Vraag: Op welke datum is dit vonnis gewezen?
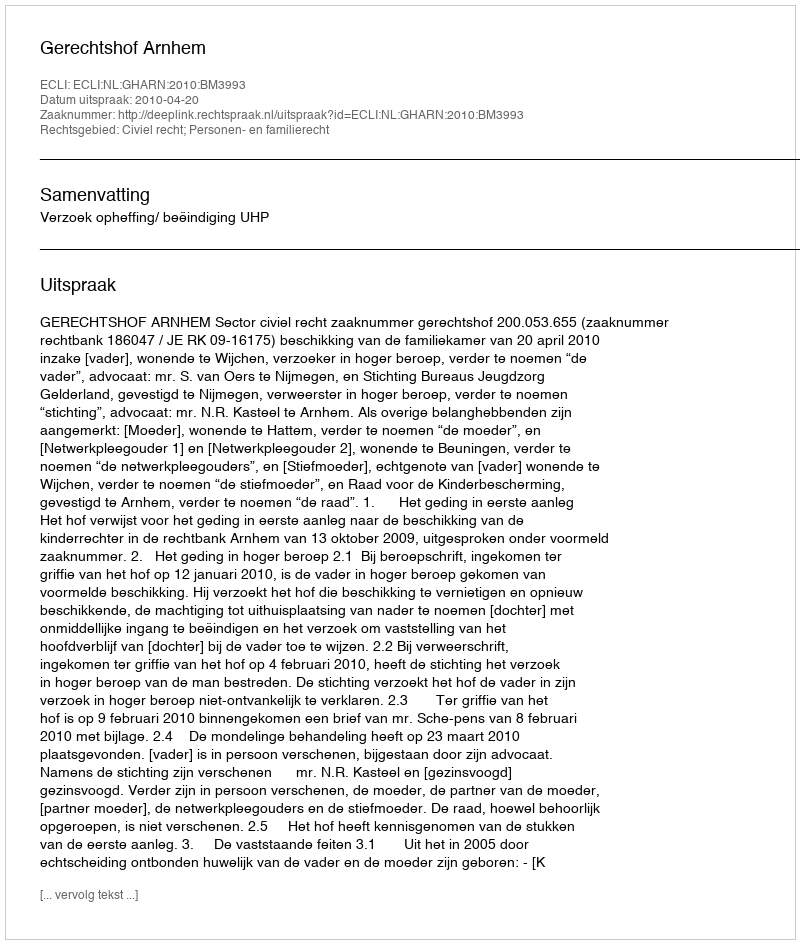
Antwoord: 2010-04-20